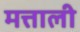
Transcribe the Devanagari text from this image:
मत्ताली